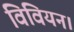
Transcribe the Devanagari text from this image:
विवियन।